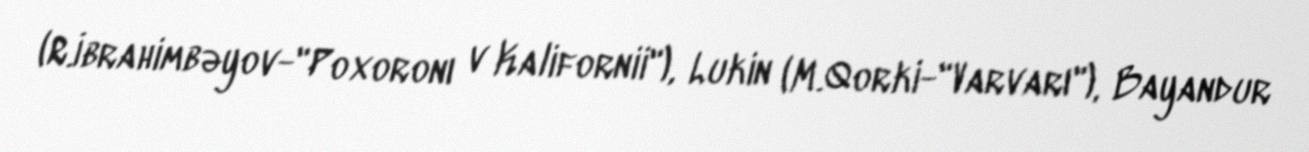
(R.İbrahimbəyov-"Poxoronı v Kalifornii"), Lukin (M.Qorki-"Varvarı"), Bayandur